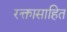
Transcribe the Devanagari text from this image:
रक्तासाहित